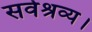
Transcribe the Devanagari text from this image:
सर्वश्रव्य।